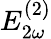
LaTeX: E_{2\omega}^{(2)}